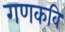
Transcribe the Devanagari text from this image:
गणकवि